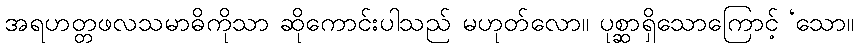
အရဟတ္တဖလသမာဓိကိုသာ ဆိုကောင်းပါသည် မဟုတ်လော။ ပုစ္ဆာရှိသောကြောင့် ‘သော။